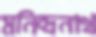
মনিন্দ্রনাথ